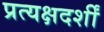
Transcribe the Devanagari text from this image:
प्रत्यक्षदर्शीं